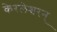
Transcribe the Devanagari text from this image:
केरलेश्वरन्